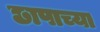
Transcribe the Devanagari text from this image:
छापाच्या